Riigikantselei, lk 390
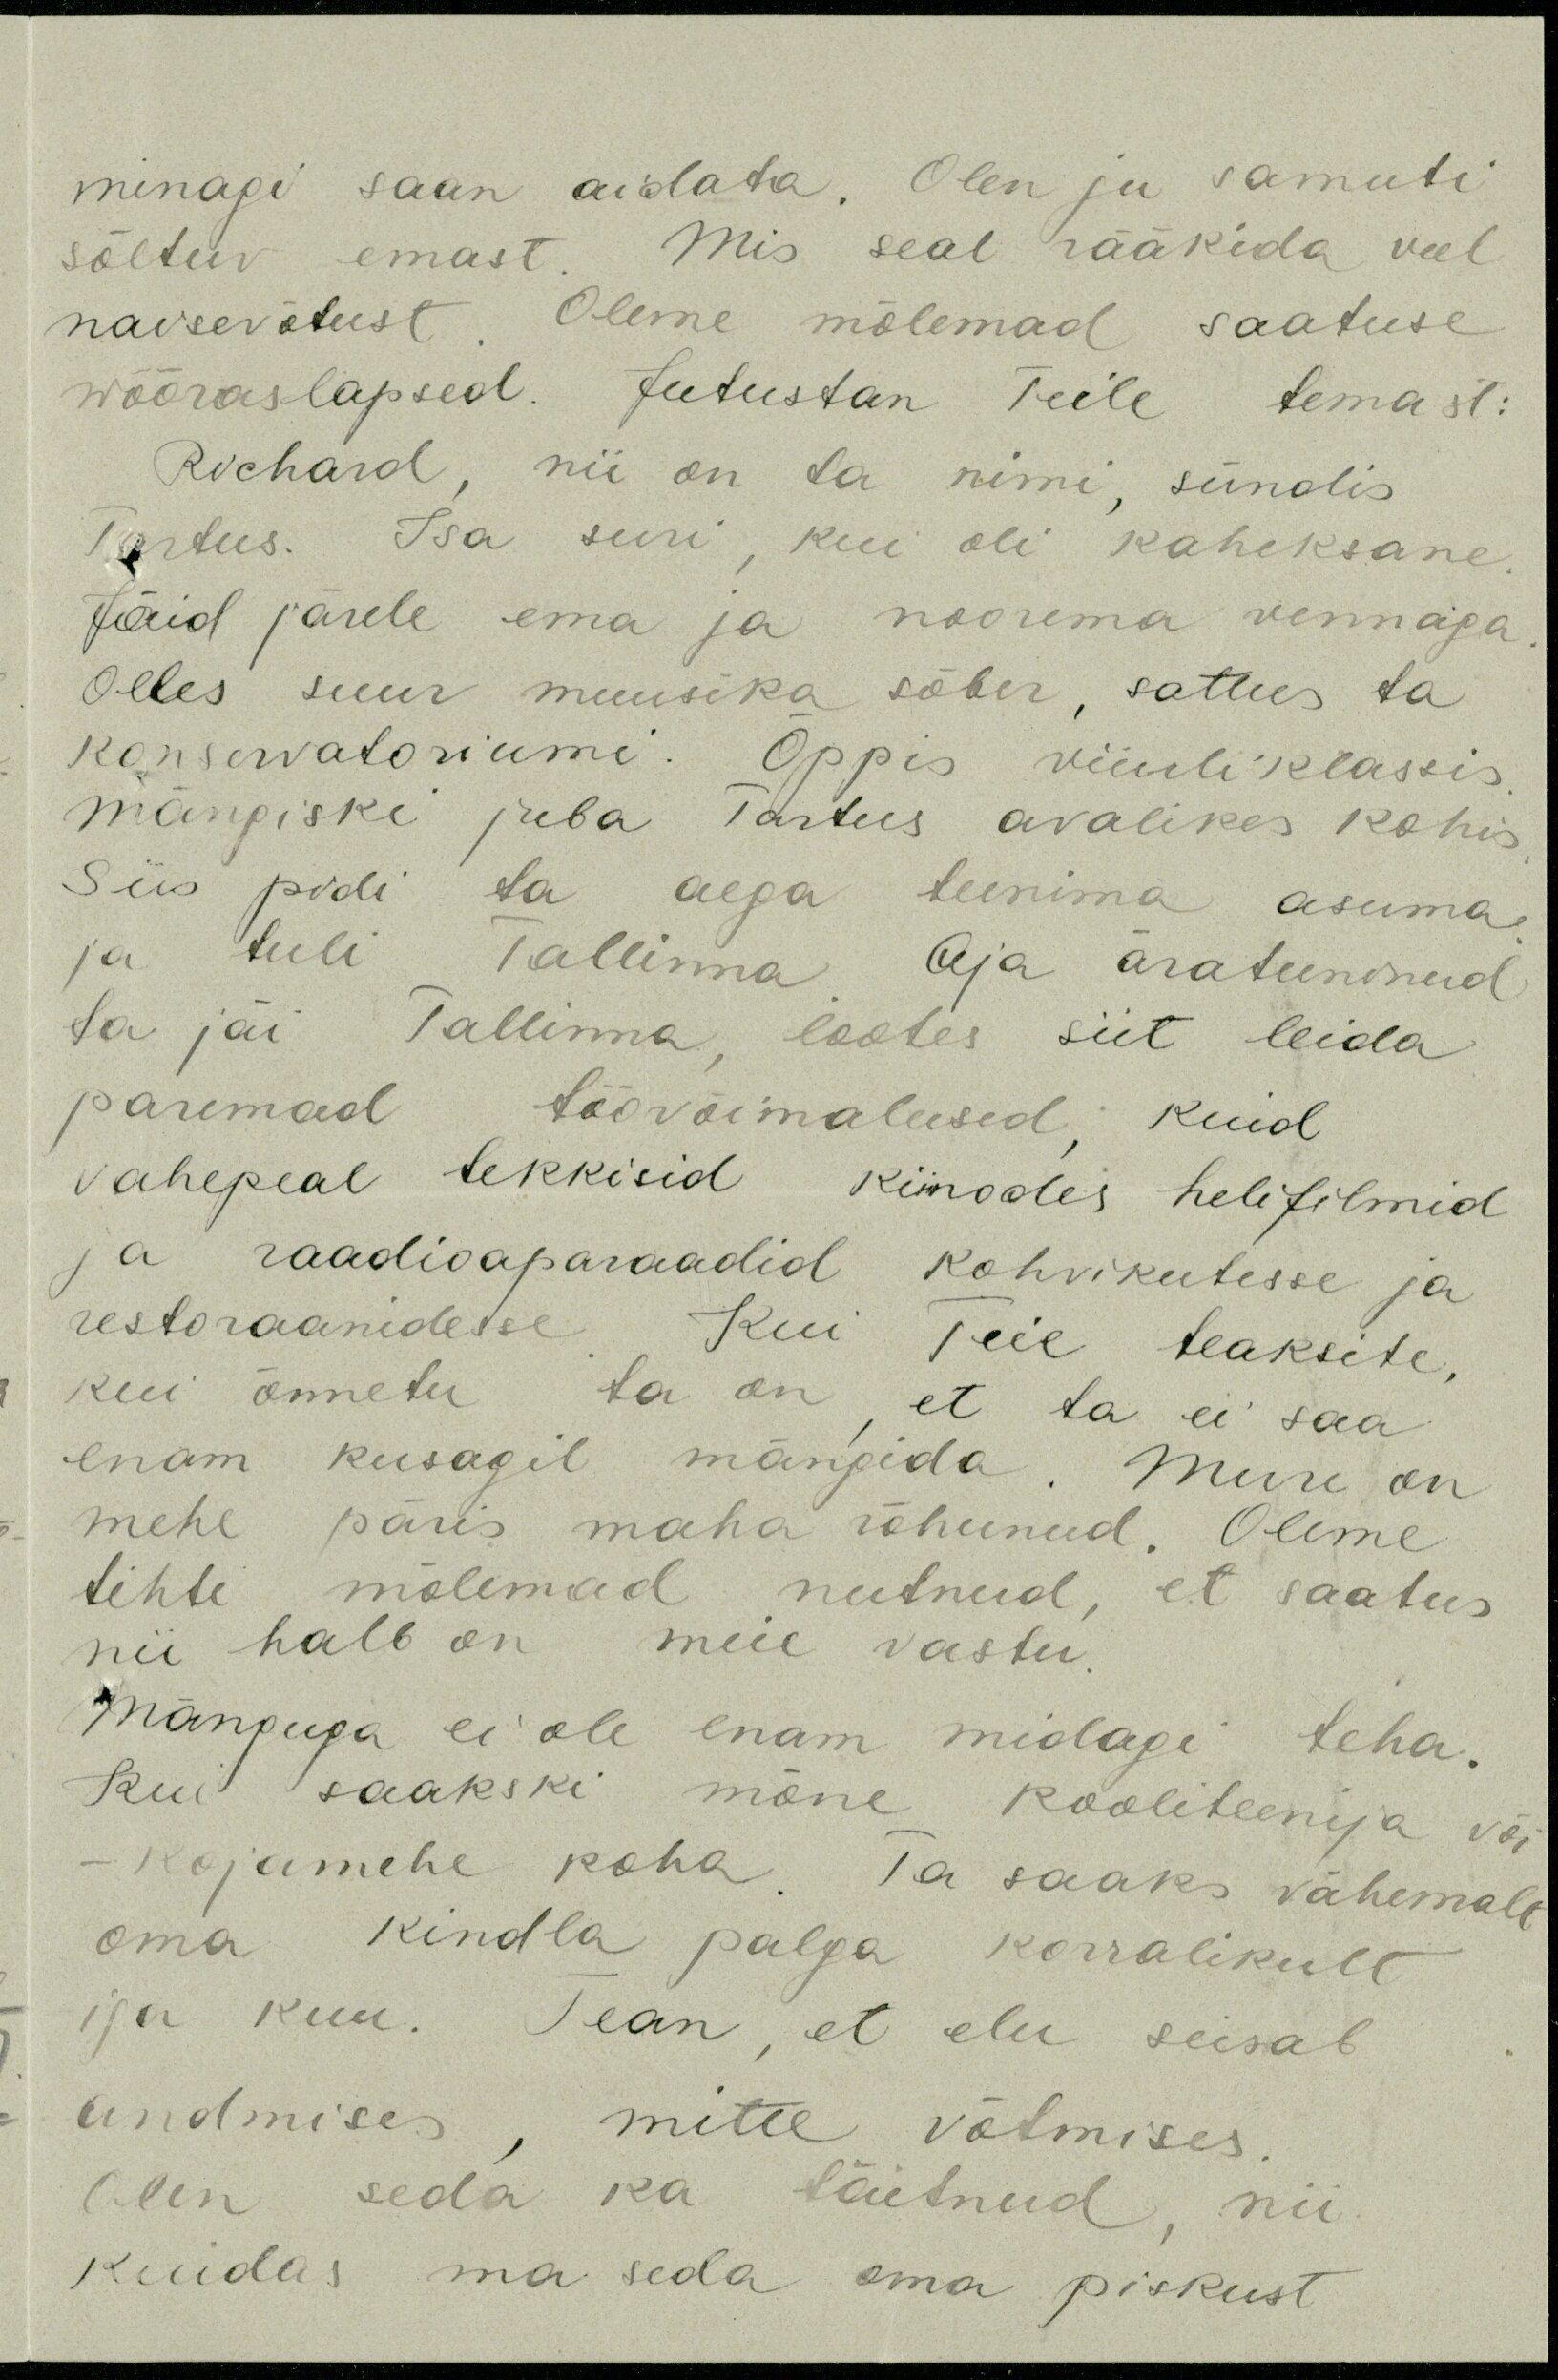
minagi saan aidata. Olen ju samuti
sõltuv emast. Mis seal rääkida veel
naisevõtust. Oleme mõlemad saatuse
wõõraslapsed. Jutustan Teile temast:
Richard, nii on ta nimi, sündis
Tartus. Isa suri, kui oli kaheksane
Jäid järele ema ja noorema vennaga
Olles suur muusika sõber, sattus ta
konservatoriumi. Õppis viiuliklassis
mängiski juba Tartus avalikes kohis
Siis pidi ta aega teenima asuma
ja tuli Tallinna Aja ärateeninud
ta jäi Tallinna lootes siit leida
paremad töövõimalused kuid
vahepeal tekkisid kiinodes helifilmid
ja raadioaparaadid kohvikutesse ja
restoraanidesse Kui Teie teaksite,
kui õnnetu ta on et ta ei saa
enam kusagil mängida. Mure on
mehe päris maha rõhunud. Oleme
tihti mõlemad nutnud, et saatus
nii halb on meie vastu
Mänguga ei ole enam midagi teha.
Kui saakski mõne kooliteenija või
- kojamehe koha. Ta saaks vähemalt
oma kindla palga korralikult
iga kuu. Tean, et elu seisab
andmises, mitte võtmises.
Olen seda ka täitnud, nii
kuidas ma seda oma piskust